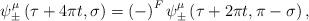
LaTeX: \begin{align*}\psi^\mu_{\pm}\left( \tau + 4\pi t, \sigma\right) = \left( -\right)^F\psi^\mu_{\pm}\left( \tau + 2\pi t,\pi -\sigma\right) ,\end{align*}